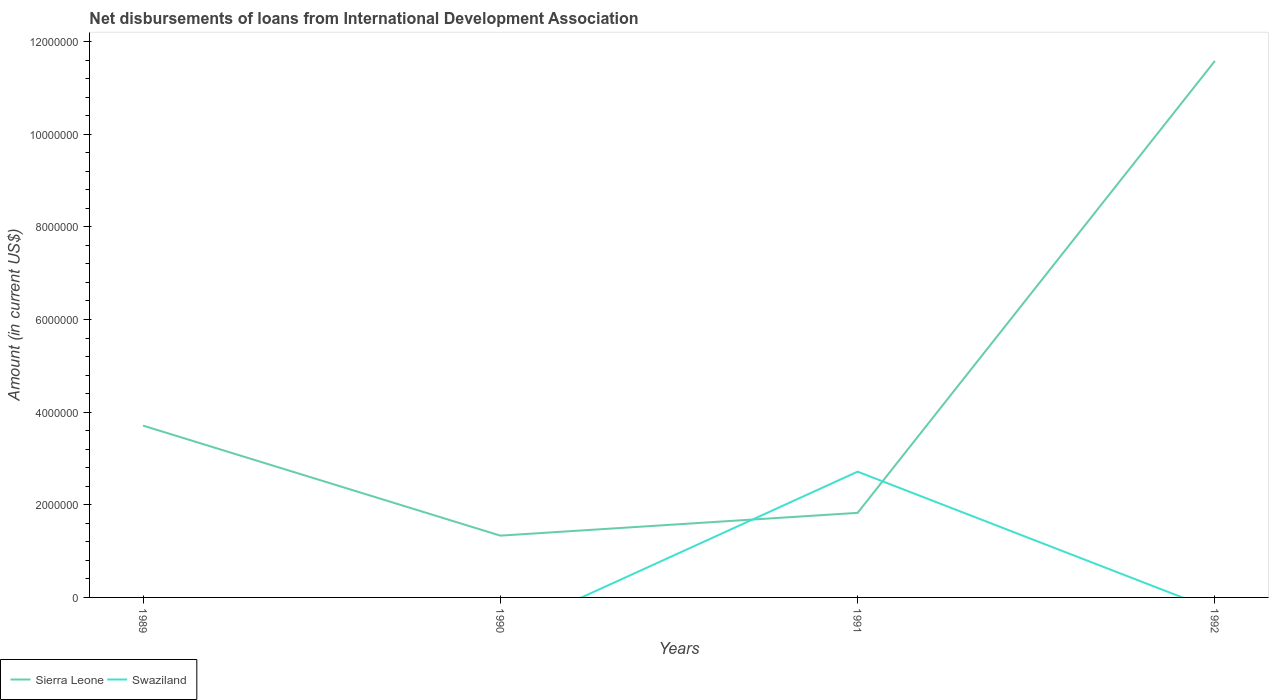
| Years | Sierra Leone | Swaziland |
 | --- | --- | --- |
 | 1989 | 3.71e+06 | -1.72e+05 |
 | 1990 | 1.33e+06 | -7.99e+05 |
 | 1991 | 1.83e+06 | 2.72e+06 |
 | 1992 | 1.16e+07 | -2.73e+05 |